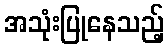
အသုံးပြုနေသည့်